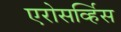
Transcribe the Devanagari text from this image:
एरोसर्व्हिस